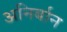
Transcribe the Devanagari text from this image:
अनिर्बान